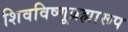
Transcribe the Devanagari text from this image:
शिवविष्णूब्रह्मारूप